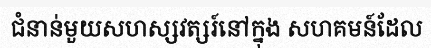
ជំនាន់មួយសហស្សវត្សរ៍នៅក្នុង សហគមន៍ដែល